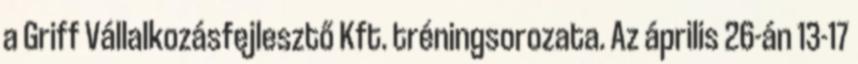
a Griff Vállalkozásfejlesztő Kft. tréningsorozata. Az április 26-án 13-17